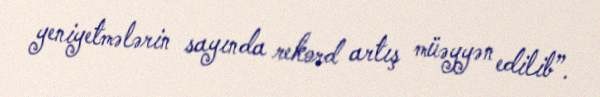
yeniyetmələrin sayında rekord artış müəyyən edilib”.